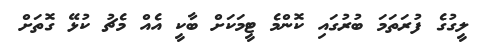
ލީގުގެ ފުރަތަމަ ބުރުގައި ކޮންމެ ޓީމަކަށް ބާކީ އެއް މެޗު ކުޅޭ ގޮތަށް